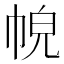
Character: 𢂹